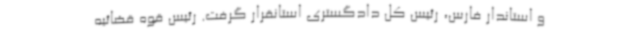
و استاندار فارس، رئیس کل دادگستری استانقرار گرفت. رئیس قوه قضائیه